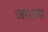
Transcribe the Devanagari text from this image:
जगांचा